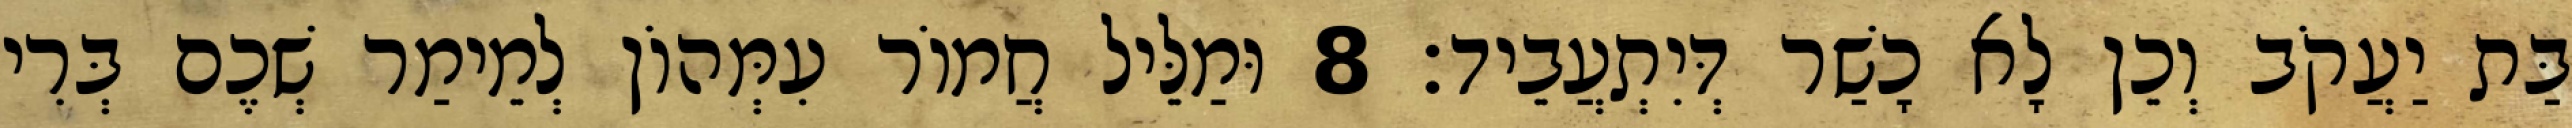
בַּת יַעֲקֹב וְכֵן לָא כָשַׁר דְּיִתְעֲבֵיד׃ 8 וּמַלֵּיל חֲמוֹר עִמְּהוֹן לְמֵימַר שְׁכֶם בְּרִי